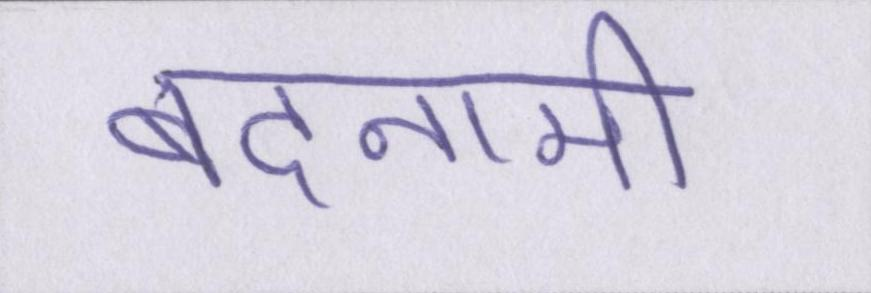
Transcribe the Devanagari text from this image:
बदनामी